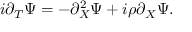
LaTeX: i \partial _ { T } \Psi = - \partial _ { X } ^ { 2 } \Psi + i \rho \partial _ { X } \Psi .